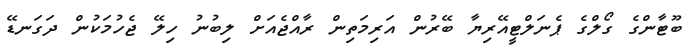
ބޫޓާންގެ ގޯލްގެ ޕެނަލްޓީއޭރިޔާ ބޭރުން އަރިމަތިން ރާއްޖެއަށް ލިބުނު ހިލޭ ޖެހުމަކުން ދަގަނޑޭ